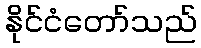
နိုင်ငံတော်သည်